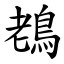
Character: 䳓